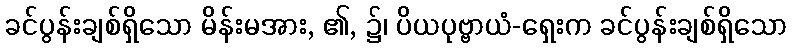
ခင်ပွန်းချစ်ရှိသော မိန်းမအား, ၏, ၌၊ ပိယပုဗ္ဗာယံ-ရှေးက ခင်ပွန်းချစ်ရှိသော